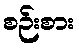
စဉ်းစား